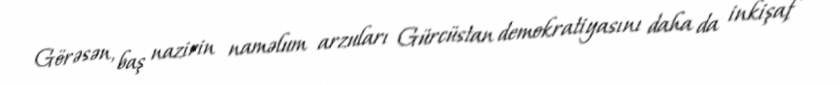
Görəsən, baş nazirin naməlum arzuları Gürcüstan demokratiyasını daha da inkişaf